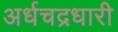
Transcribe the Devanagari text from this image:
अर्धचद्रधारी